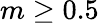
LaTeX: m\geq 0.5